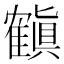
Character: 𬯳